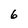
Character: 6